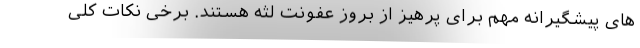
های پیشگیرانه مهم برای پرهیز از بروز عفونت لثه هستند. برخی نکات کلی